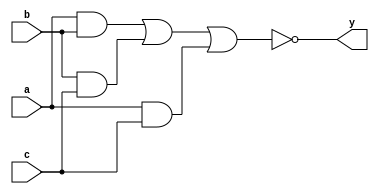
module minority_detector(a,b,c,y );
 input a,b,c;
 output y;
 assign y= ~((a&b)| (b&c)| (a&c));
endmodule